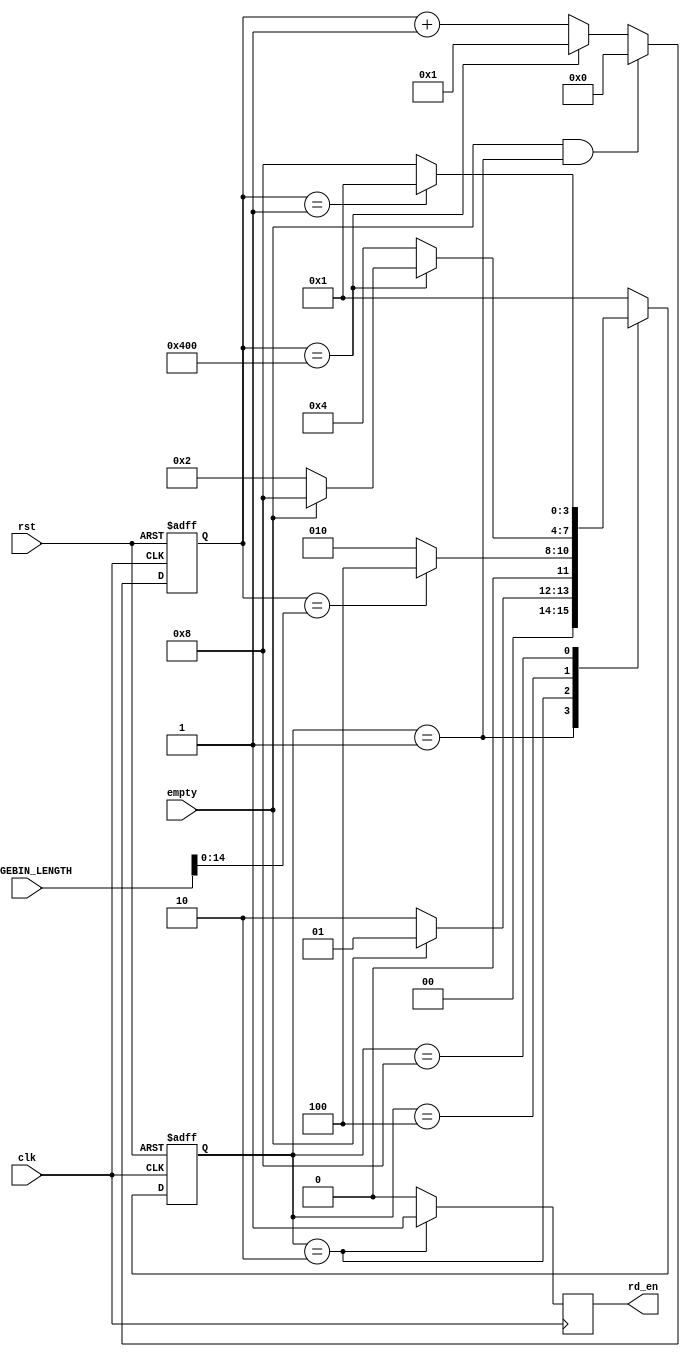
`timescale 1ns / 1ps
//==============================================================================
// Copyright (C) 2017 By GUO Pan
// guopan@bit.edu.cn, All Rights Reserved
//==============================================================================
// Module : 	FIFO_In_Rd_StateMachine
// Contact : 	guopan@bit.edu.cn
//==============================================================================
// Description :	FSM FIFO_In rd_en
//==============================================================================

module FIFO_In_Rd_StateMachine
       (
           // Colocking inputs
           input wire rst,
           input wire clk,

           // Signal inputs
           input wire empty,
		   
           // Parameter inputs
           input wire [15:0] RANGEBIN_LENGTH,			// 
		   
           // Signal outputs
           output reg rd_en

       );
parameter  NFFT = 15'd1024;				// FFT

// Inter reg or wire
reg [14:0]  BinPoint_counter;	// FIFO;	
reg [3:0]  state, next_state;

// FIFO
parameter  IDLE 		= 4'b0001,
           READOUT_FIFO = 4'b0010,
           OUTPUT_ZERO  = 4'b0100,
           READ_FINISH  = 4'b1000;

////////////////////////////////////////////////
// FIFO
////////////////////////////////////////////////
always @(posedge clk or posedge rst)
begin
    if(rst == 1)
        state <= IDLE;
    else
        state <= next_state;
end

// 
always@(state,empty,BinPoint_counter,RANGEBIN_LENGTH)
begin
    case(state)
        IDLE:
        begin
            if(empty == 0)
                next_state = READOUT_FIFO;
            else
                next_state = IDLE;
        end

        READOUT_FIFO:
        begin
            if(BinPoint_counter == RANGEBIN_LENGTH[14:0])
                next_state = OUTPUT_ZERO;
            else
                next_state = READOUT_FIFO;
        end

        OUTPUT_ZERO:
        begin
            if(BinPoint_counter == NFFT)
            begin
                if(empty == 1)
                    next_state = READ_FINISH;
                else
                    next_state = READOUT_FIFO;
            end
            else
                next_state = OUTPUT_ZERO;
        end

        READ_FINISH:
        begin
            if(BinPoint_counter == 1)
                next_state = IDLE;
            else
                next_state = READ_FINISH;
        end

        default:
            next_state = IDLE;
    endcase
end

// 
always@(posedge clk)
begin
    case(state)
        IDLE:
        begin
            rd_en <= 0;
        end

        READOUT_FIFO:
        begin
            rd_en <= 1;
        end

        OUTPUT_ZERO:
        begin
            rd_en <= 0;
        end

        READ_FINISH:
        begin
            rd_en <= 0;
        end

        default:
        begin
            rd_en <= 0;
        end

    endcase
end

// 
// IDLEempty
// IDLE
always @(posedge clk or posedge rst)
begin
    if(rst == 1)
        BinPoint_counter <= 0;
    else if(empty == 1 && state == IDLE)
        BinPoint_counter <= 0;
    else if(BinPoint_counter == NFFT)
        BinPoint_counter <= 1;
    else
        BinPoint_counter <= BinPoint_counter + 1;
end

endmodule